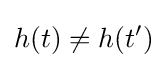
h(t)\neq h(t')